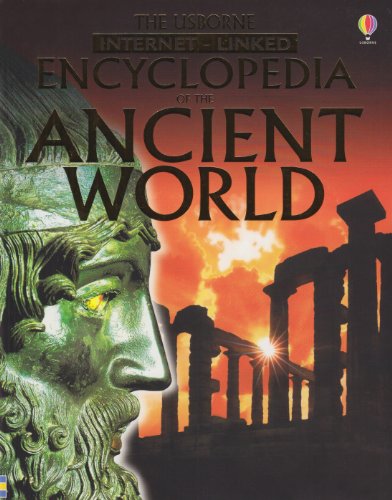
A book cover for The Usborne Encyclopedia of the Ancient World: Internet Linked (History Encyclopedias); Jane Bingham; Children's Books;